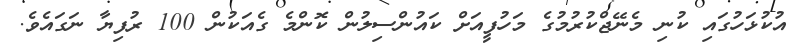
އުކުޅަހުގައި ކުނި މެނޭޖްކުރުމުގެ މަހުފީއަށް ކައުންސިލުން ކޮންމެ ގެއަކުން 100 ރުފިޔާ ނަގައެވެ.